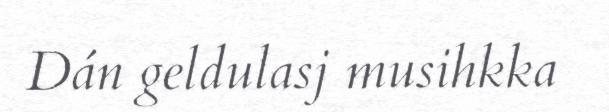
Dán geldulasj musihkka